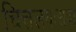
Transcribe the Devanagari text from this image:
चित्तलयःसदा